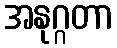
အနုဂ္ဂတာ